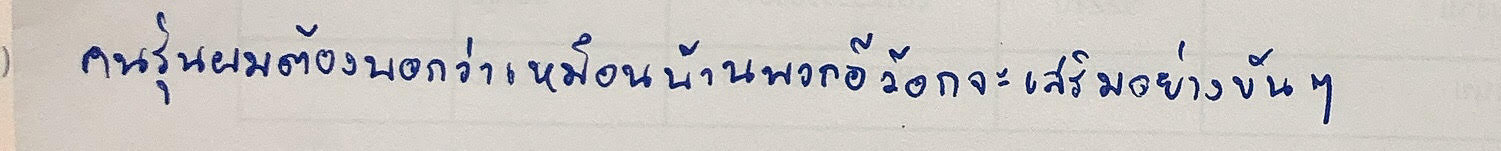
"คนรุ่นผมต้องบอกว่าเหมือนบ้านพวกอีว้อกจะเสริมอย่างขันๆ